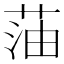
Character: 𫈜